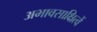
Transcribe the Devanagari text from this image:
अभावसाक्षित्वें